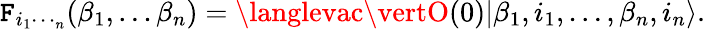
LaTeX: \mathtt{F}_{i_{1}\dotsi_{n}}(\beta_{1},\dots\beta_{n})=\langlevac\vertO(0)\vert\beta_{1},i_{1},\dots,\beta_{n},i_{n}\rangle.